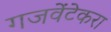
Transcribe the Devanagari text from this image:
गजवेंटेकरा